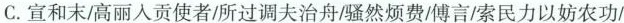
C. 宣和末高丽人贡使者I所过调夫治舟/骚然烦费/傅言/索民力以妨农功/